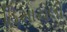
હિમાચલી